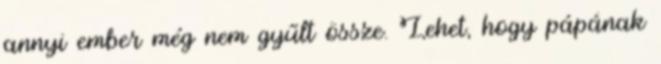
annyi ember még nem gyűlt össze. Lehet, hogy pápának